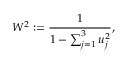
W ^ { 2 } : = \frac { 1 } { 1 - \sum _ { j = 1 } ^ { 3 } u _ { j } ^ { 2 } } ,